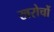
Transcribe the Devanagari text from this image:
खरोचों